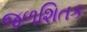
જળશિતક